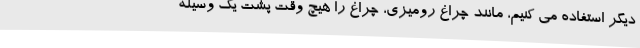
دیگر استفاده می کنیم، مانند چراغ رومیزی، چراغ را هیچ وقت پشت یک وسیله